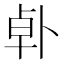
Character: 𪟿